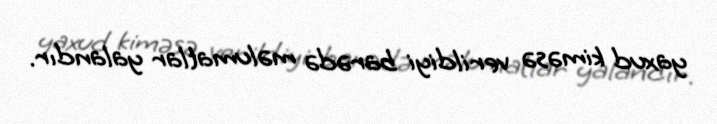
yaxud kiməsə verildiyi barədə məlumatlar yalandır.